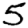
Digit: 5